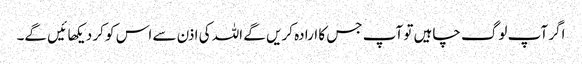
اگر آپ لوگ چاہیں تو آپ جس کا ارادہ کریں گے اللہ کی اذن سے اس کو کر دیکهائیں گے۔